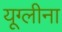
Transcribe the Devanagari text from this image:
यूग्लीना